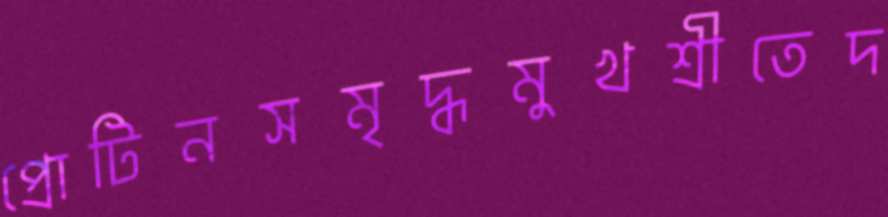
প্রোটিনসমৃদ্ধমুখশ্রীতেদ